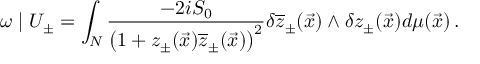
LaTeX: \omega \mid U _ { \pm } = \int _ { N } \frac { - 2 i S _ { 0 } } { \left( 1 + z _ { \pm } ( \vec { x } ) \overline { { { z } } } _ { \pm } ( \vec { x } ) \right) ^ { 2 } } \delta \overline { { { z } } } _ { \pm } ( \vec { x } ) \wedge \delta z _ { \pm } ( \vec { x } ) d \mu ( \vec { x } ) \, .